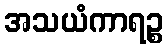
အသယံကာရဉ္စ